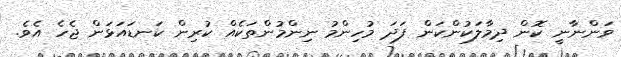
ވަންނާނީ ކޮން ދިމާލަކުންކަން ފަދަ މުހިންމު ނިންމުންތަކެއް ކުރިން ކަނޑައަޅަން ޖެހެ އެވެ.